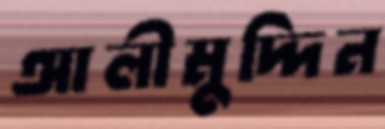
আলীমুদ্দিন